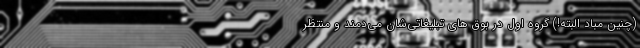
(چنین مباد البته!) گروه اول در بوق های تبلیغاتی‌شان می‌دمند و منتظر